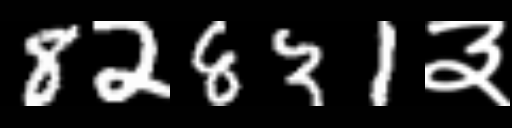
Text: 82831३